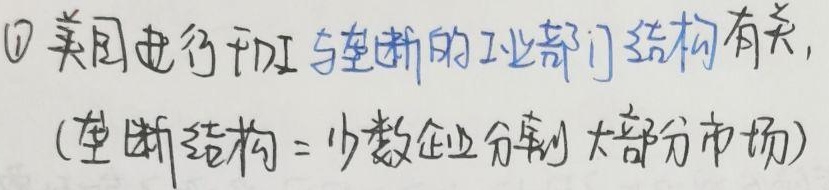
\(\textcircled{1}\)美国进行干预与垄断的工业部门结构有关,(垄断结构=少数企业分割大部分市场)